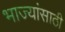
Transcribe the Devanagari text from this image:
भाज्यांसाठी